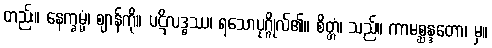
တည်း။ နေက္ခမ္မံ၊ ဈာန်ကို။ ပဋိလဒ္ဓဿ၊ ရသောပုဂ္ဂိုလ်၏။ စိတ္တံ၊ သည်။ ကာမစ္ဆန္ဒတော၊ မှ။